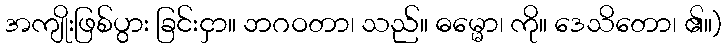
အကျိုးဖြစ်ပွား ခြင်းငှာ။ ဘဂဝတာ၊ သည်။ ဓမ္မော၊ ကို။ ဒေသိတော၊ ၏။)